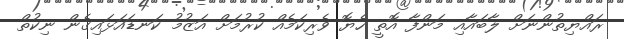
ރައްޔިތުންނަށް ލާބައާއި މަންފާ އޮތީ ހެޔޮ ވެރިކަމެއް ކުރުމަށް އަޒުމު ކަނޑައަޅައިގެން ނިކުތް